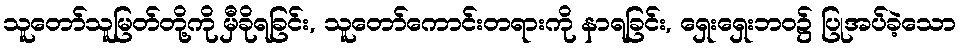
သူတော်သူမြတ်တို့ကို မှီခိုရခြင်း, သူတော်ကောင်းတရားကို နာရခြင်း, ရှေးရှေးဘဝ၌ ပြုအပ်ခဲ့သော